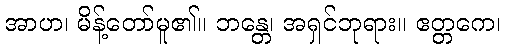
အာဟ၊ မိန့်တော်မူ၏။ ဘန္တေ၊ အရှင်ဘုရား။ ဧတ္တကေ၊